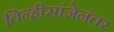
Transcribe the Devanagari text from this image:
तिन्हीसांजेनंतर